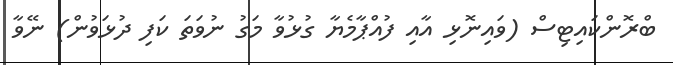
ބްރޮންކައިޓިސް (ވައިނޮޅި އާއި ފުއްޕާމެޔާ ގުޅުވާ މަގު ނުވަތަ ކަފި ދުޅަވުން) ނޭވާ